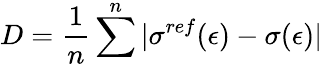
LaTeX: D=\frac{1}{n}\sum^{n}|\sigma^{ref}(\epsilon)-\sigma(\epsilon)|